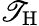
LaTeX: \mathscr{T}_{\mathrm{{{H}}}}